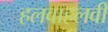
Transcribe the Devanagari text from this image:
हलवाहलवी